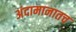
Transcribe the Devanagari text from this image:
अंदामानातच